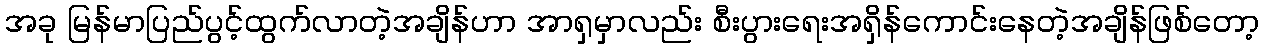
အခု မြန်မာပြည်ပွင့်ထွက်လာတဲ့အချိန်ဟာ အာရှမှာလည်း စီးပွားရေးအရှိန်ကောင်းနေတဲ့အချိန်ဖြစ်တော့